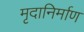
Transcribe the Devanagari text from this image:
मृदानिर्माण